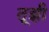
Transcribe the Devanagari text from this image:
तूझी